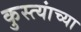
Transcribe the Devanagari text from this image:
कुस्त्यांच्या